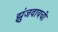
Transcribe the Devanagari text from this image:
झुंजवायची